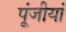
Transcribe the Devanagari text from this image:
पूंजीयां